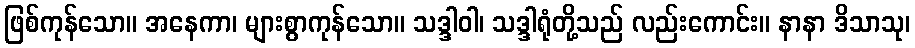
ဖြစ်ကုန်သော။ အနေကာ၊ များစွာကုန်သော။ သဒ္ဒါဝါ၊ သဒ္ဒါရုံတို့သည် လည်းကောင်း။ နာနာ ဒိသာသု၊